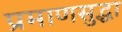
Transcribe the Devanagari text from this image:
प्रमाणसुद्धा